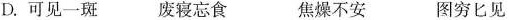
D.可见一斑 废寝忘食 焦燥不安 图穷匕见